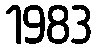
1983